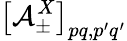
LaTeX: \left[\mathcal{A}_{\pm}^{X}\right]_{pq,p^{\prime}q^{\prime}}